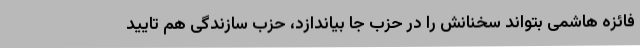
فائزه هاشمی بتواند سخنانش را در حزب جا بیاندازد، حزب سازندگی هم تایید